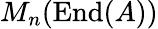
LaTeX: M_{n}(\operatorname{End}(A))